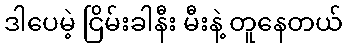
ဒါပေမဲ့ ငြိမ်းခါနီး မီးနဲ့ တူနေတယ်